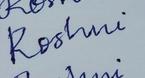
Signature authenticity: forged